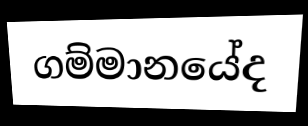
ගම්මානයේද